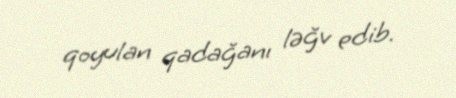
qoyulan qadağanı ləğv edib.